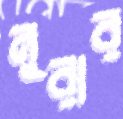
নুরার